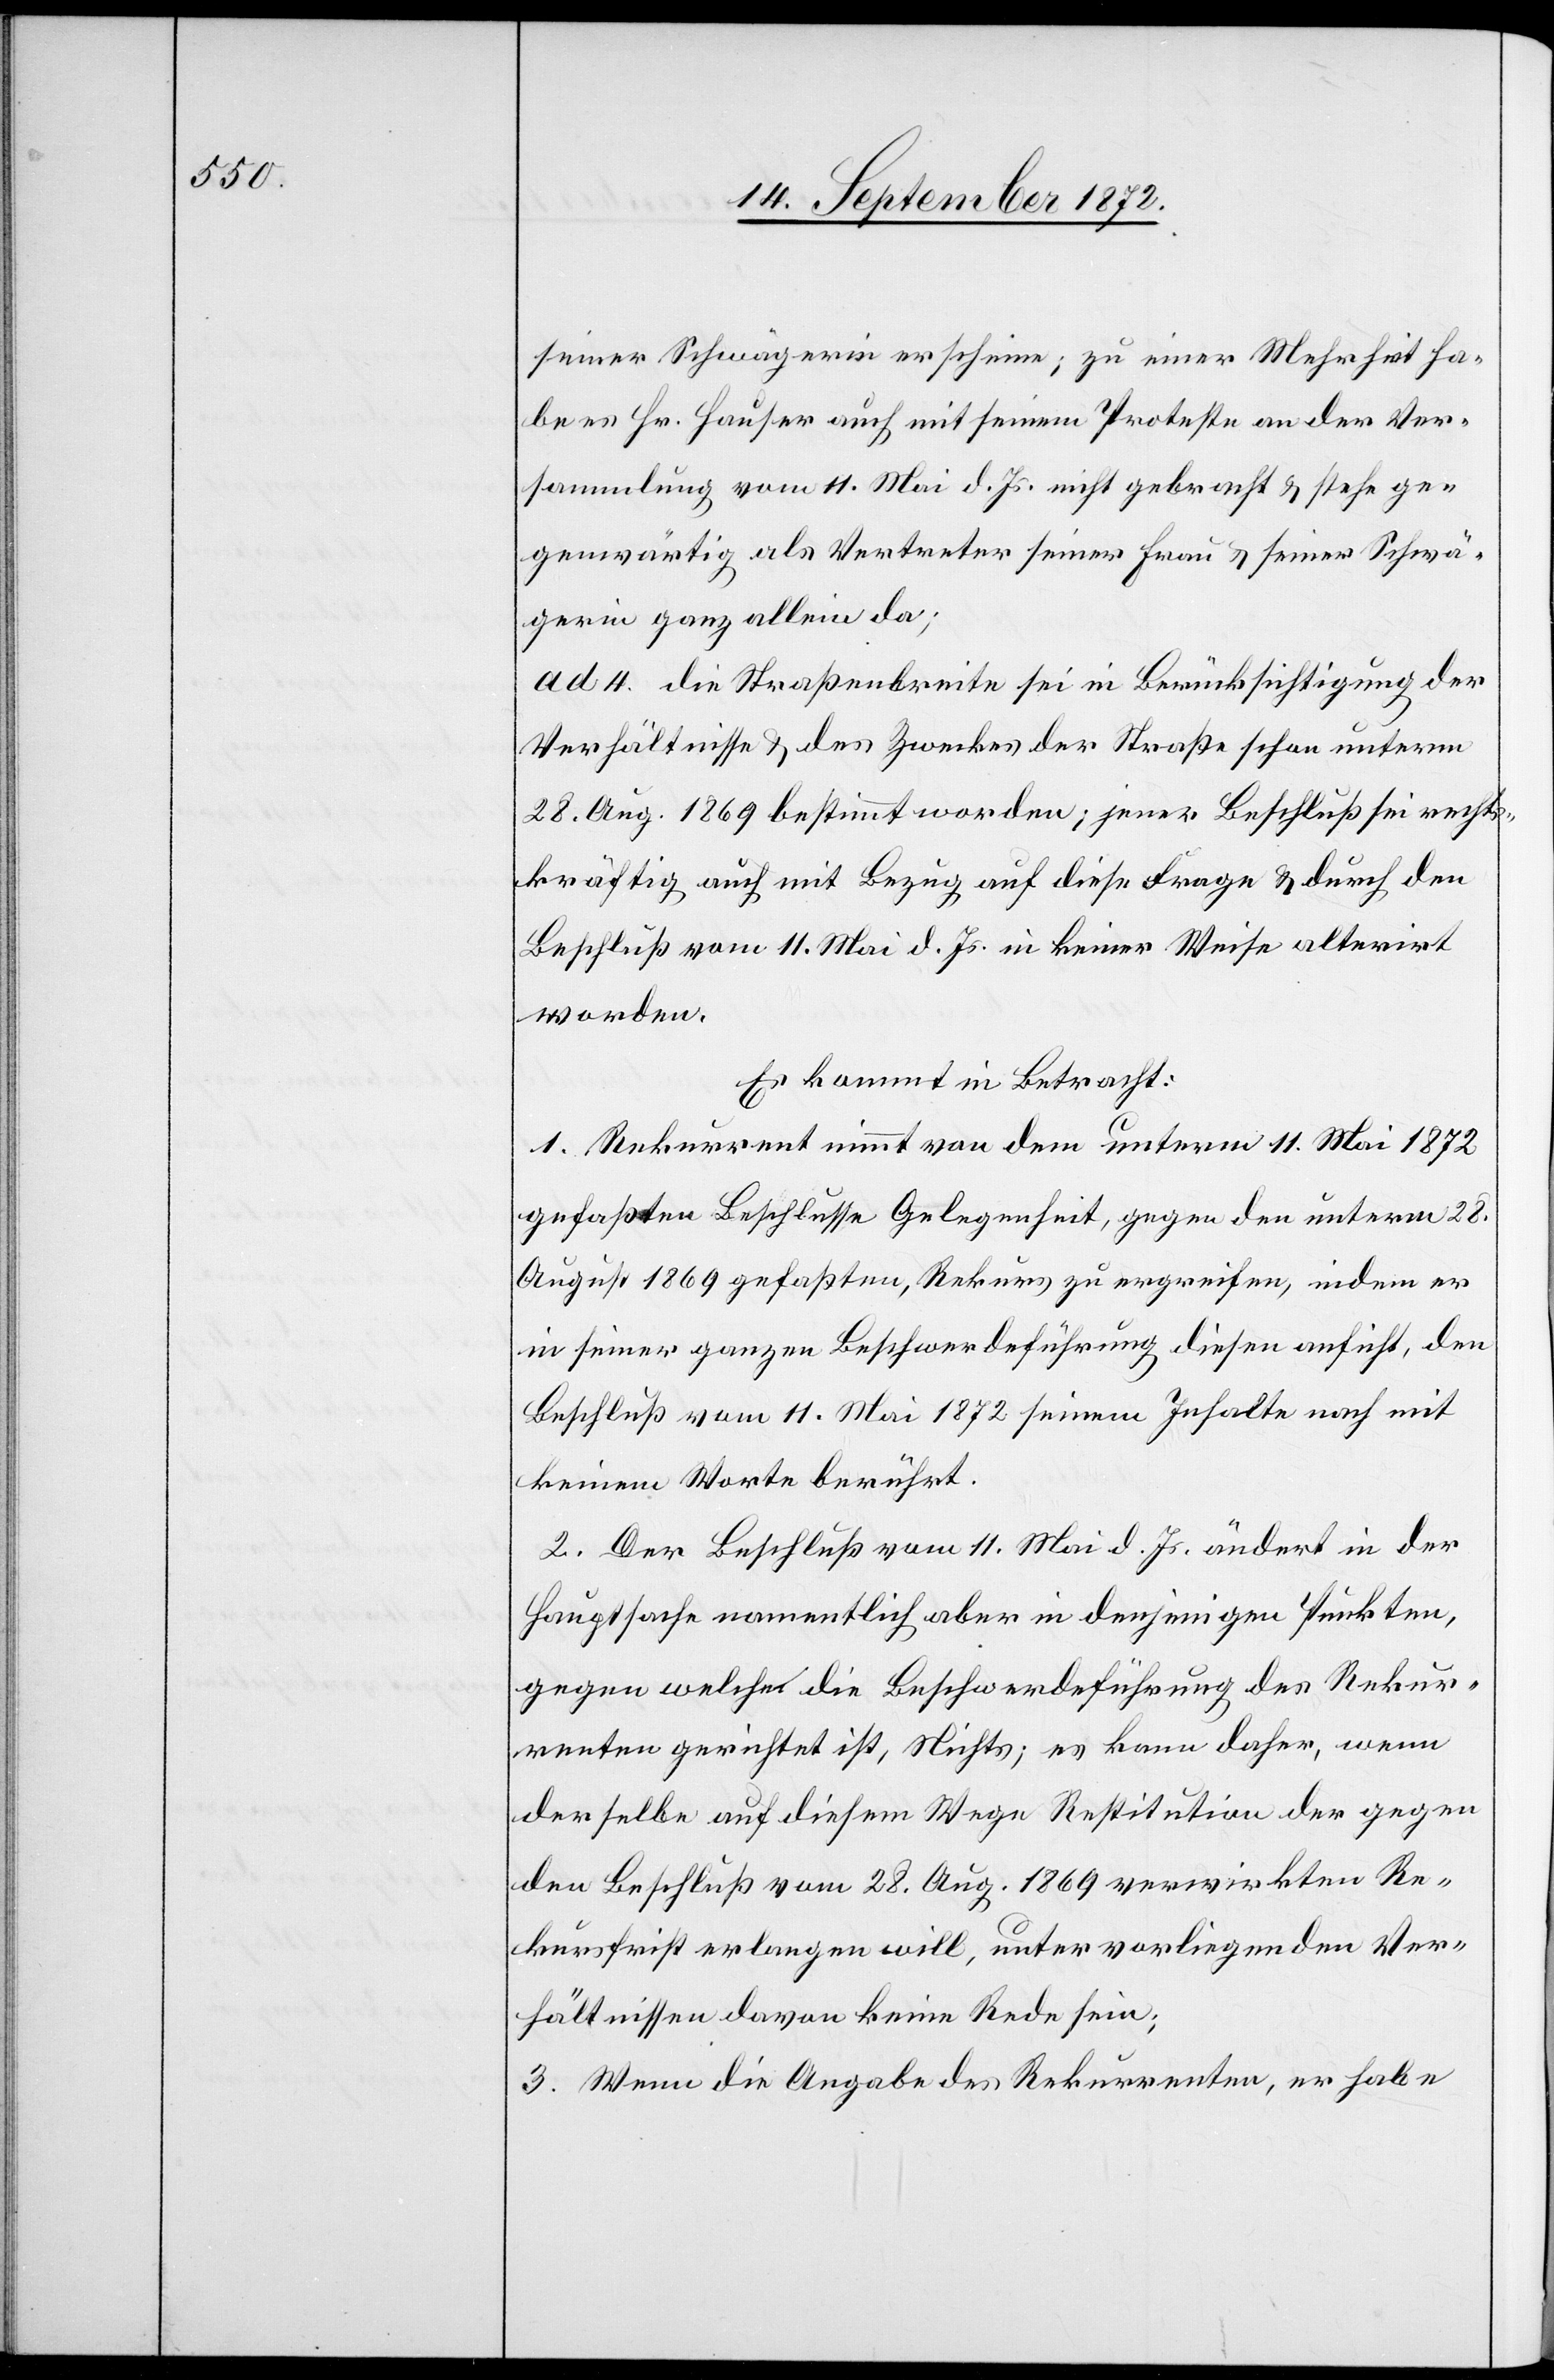
seiner Schwägerin erscheine; zu einer Mehrheit ha¬
be es Hr. Hauser auch mit seinem Proteste an der Ver¬
sammlung vom 11. Mai d. Js. nicht gebracht u. stehe ge¬
genwärtig als Vertreter seiner Frau u. seiner Schwä¬
gerin ganz allein da;
ad 4. die Straßenbreite sei in Berücksichtigung der
Verhältnisse u. des Zweckes der Straße schon unterm
28. Aug. 1869 bestimmt worden; jener Beschluß sei rechts¬
kräftig auch mit Bezug auf diese Frage u. durch den
Beschluß vom 11. Mai d. Js. in keiner Weise alterirt
worden.
Es kommt in Betracht:
1. Rekurrent nimmt von dem unterm 11. Mai 1872
gefaßten Beschlusse Gelegenheit, gegen den unterm 28.
August 1869 gefaßten, Rekurs zu ergreifen, indem er
in seiner ganzen Beschwerdeführung diesen anficht, den
Beschluß vom 11. Mai 1872 seinem Inhalte nach mit
keinem Worte berührt.
2. Der Beschluß vom 11. Mai d. Js. ändert in der
Hauptsache namentlich aber in denjenigen Punkten,
gegen welche die Beschwerdeführung des Rekur¬
renten gerichtet ist, Nichts; es kann daher, wenn
derselbe auf diesem Wege Restitution der gegen
den Beschluß vom 28. Aug. 1869 verwirkten Re¬
kursfrist erlangen will, unter vorliegenden Ver¬
hältnissen davon keine Rede sein;
3. Wenn die Abgabe des Rekurrenten, er habe